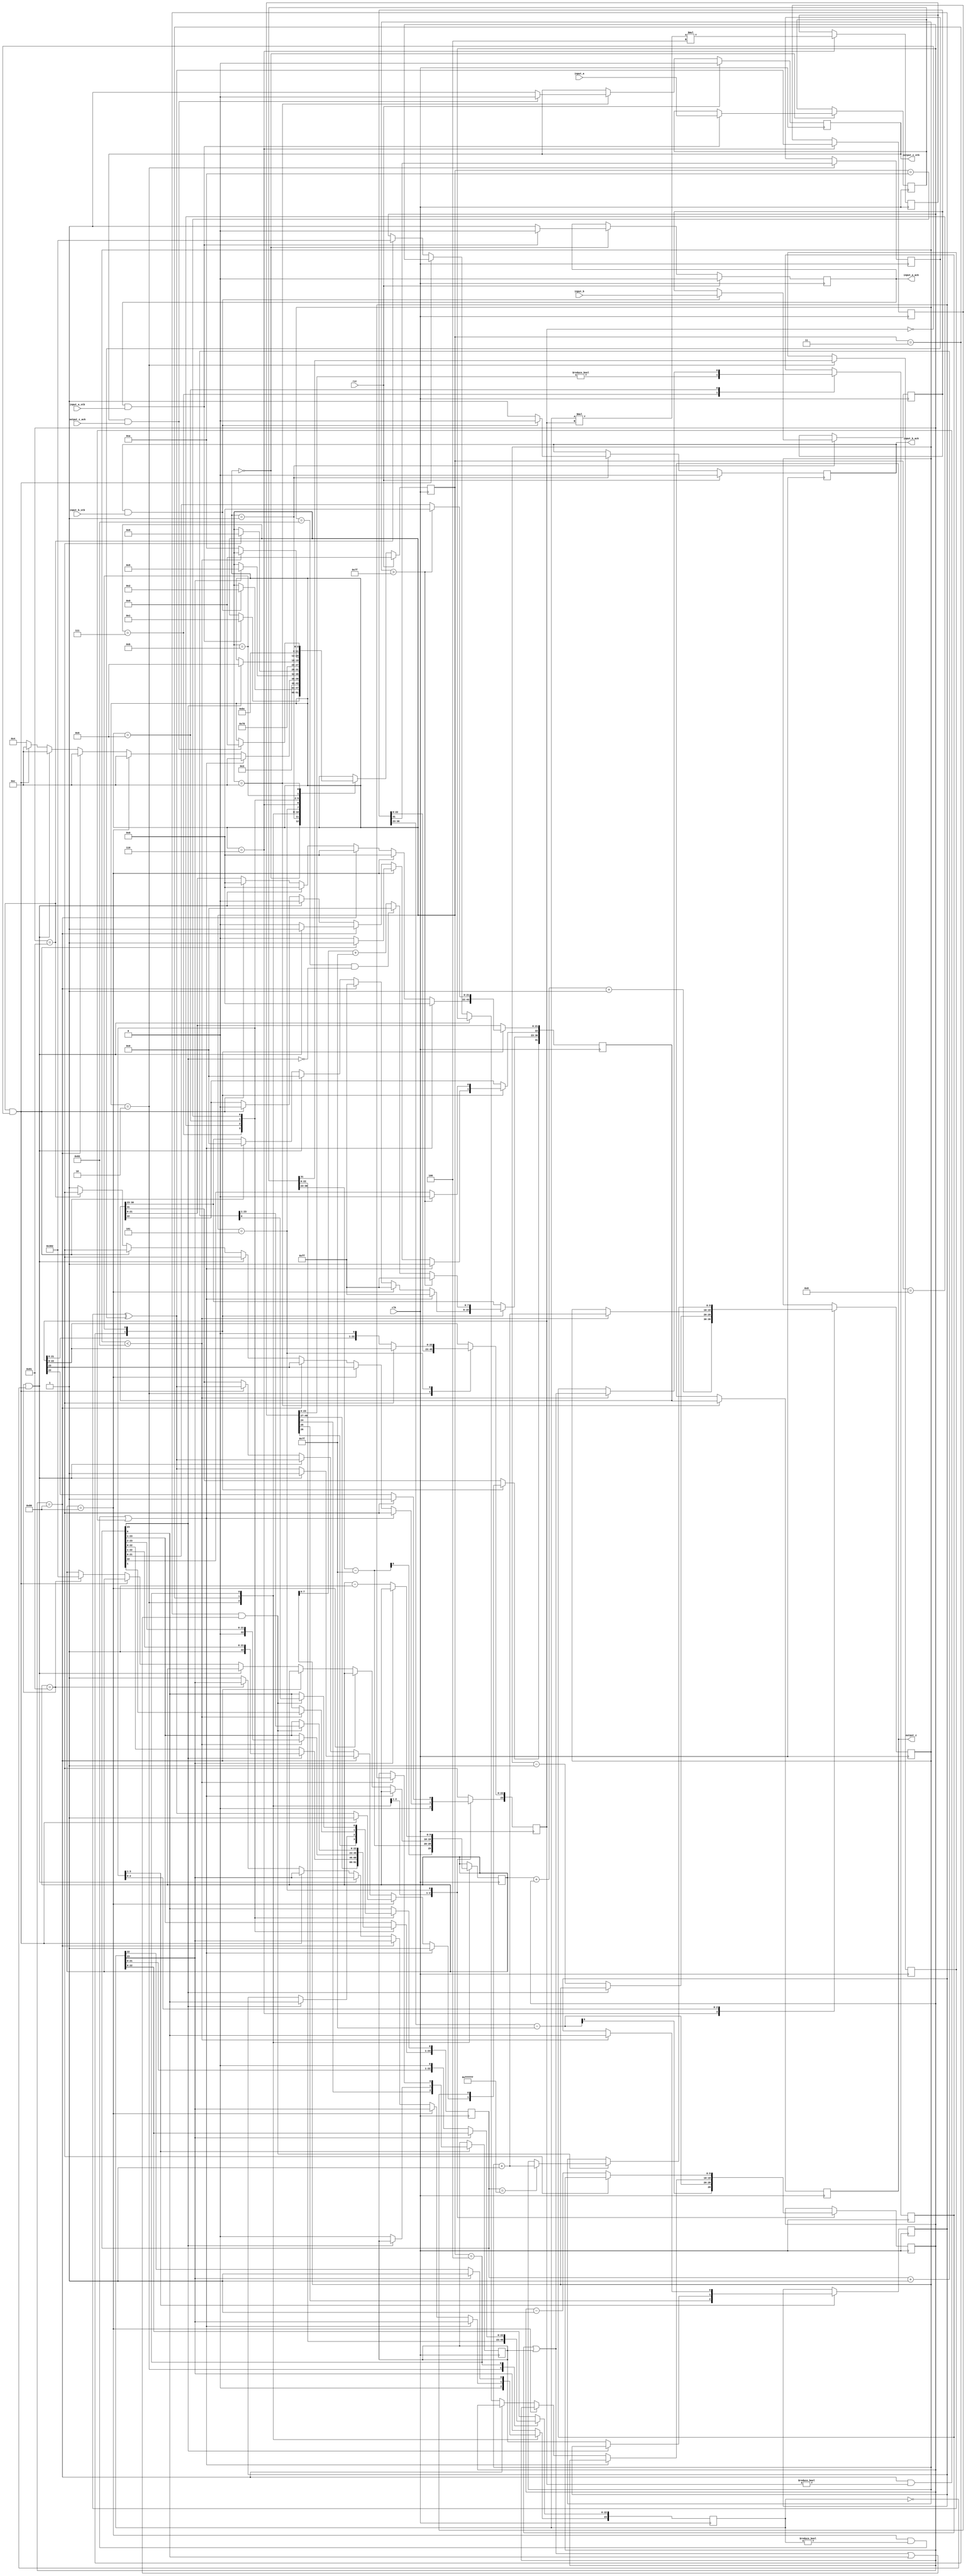
//IEEE Floating Point Multiplier (Single Precision)
//Copyright (C) Jonathan P Dawson 2013
//2013-12-12
module multiplier(
        input_a,
        input_b,
        input_a_stb,
        input_b_stb,
        output_z_ack,
        clk,
        rst,
        output_z,
        output_z_stb,
        input_a_ack,
        input_b_ack);

  input     clk;
  input     rst;

  input     [31:0] input_a;
  input     input_a_stb;
  output    input_a_ack;

  input     [31:0] input_b;
  input     input_b_stb;
  output    input_b_ack;

  output    [31:0] output_z;
  output    output_z_stb;
  input     output_z_ack;

  reg       s_output_z_stb;
  reg       [31:0] s_output_z;
  reg       s_input_a_ack;
  reg       s_input_b_ack;

  reg       [3:0] state;
  parameter get_a         = 4'd0,
            get_b         = 4'd1,
            unpack        = 4'd2,
            special_cases = 4'd3,
            normalise_a   = 4'd4,
            normalise_b   = 4'd5,
            multiply_0    = 4'd6,
            multiply_1    = 4'd7,
            normalise_1   = 4'd8,
            normalise_2   = 4'd9,
            round         = 4'd10,
            pack          = 4'd11,
            put_z         = 4'd12;

  reg       [31:0] a, b, z;
  reg       [23:0] a_m, b_m, z_m;
  reg       [9:0] a_e, b_e, z_e;
  reg       a_s, b_s, z_s;
  reg       guard, round_bit, sticky;
  reg       [49:0] product;

  always @(posedge clk)
  begin

    case(state)

      get_a:
      begin
        s_input_a_ack <= 1;
        if (s_input_a_ack && input_a_stb) begin
          a <= input_a;
          s_input_a_ack <= 0;
          state <= get_b;
        end
      end

      get_b:
      begin
        s_input_b_ack <= 1;
        if (s_input_b_ack && input_b_stb) begin
          b <= input_b;
          s_input_b_ack <= 0;
          state <= unpack;
        end
      end

      unpack:
      begin
        a_m <= a[22 : 0];
        b_m <= b[22 : 0];
        a_e <= a[30 : 23] - 127;
        b_e <= b[30 : 23] - 127;
        a_s <= a[31];
        b_s <= b[31];
        state <= special_cases;
      end

      special_cases:
      begin
        //if a is NaN or b is NaN return NaN 
        if ((a_e == 128 && a_m != 0) || (b_e == 128 && b_m != 0)) begin
          z[31] <= 1;
          z[30:23] <= 255;
          z[22] <= 1;
          z[21:0] <= 0;
          state <= put_z;
        //if a is inf return inf
        end else if (a_e == 128) begin
          z[31] <= a_s ^ b_s;
          z[30:23] <= 255;
          z[22:0] <= 0;
          //if b is zero return NaN
          if (($signed(b_e) == -127) && (b_m == 0)) begin
            z[31] <= 1;
            z[30:23] <= 255;
            z[22] <= 1;
            z[21:0] <= 0;
          end
          state <= put_z;
        //if b is inf return inf
        end else if (b_e == 128) begin
          z[31] <= a_s ^ b_s;
          z[30:23] <= 255;
          z[22:0] <= 0;
          //if a is zero return NaN
          if (($signed(a_e) == -127) && (a_m == 0)) begin
            z[31] <= 1;
            z[30:23] <= 255;
            z[22] <= 1;
            z[21:0] <= 0;
          end
          state <= put_z;
        //if a is zero return zero
        end else if (($signed(a_e) == -127) && (a_m == 0)) begin
          z[31] <= a_s ^ b_s;
          z[30:23] <= 0;
          z[22:0] <= 0;
          state <= put_z;
        //if b is zero return zero
        end else if (($signed(b_e) == -127) && (b_m == 0)) begin
          z[31] <= a_s ^ b_s;
          z[30:23] <= 0;
          z[22:0] <= 0;
          state <= put_z;
        end else begin
          //Denormalised Number
          if ($signed(a_e) == -127) begin
            a_e <= -126;
          end else begin
            a_m[23] <= 1;
          end
          //Denormalised Number
          if ($signed(b_e) == -127) begin
            b_e <= -126;
          end else begin
            b_m[23] <= 1;
          end
          state <= normalise_a;
        end
      end

      normalise_a:
      begin
        if (a_m[23]) begin
          state <= normalise_b;
        end else begin
          a_m <= a_m << 1;
          a_e <= a_e - 1;
        end
      end

      normalise_b:
      begin
        if (b_m[23]) begin
          state <= multiply_0;
        end else begin
          b_m <= b_m << 1;
          b_e <= b_e - 1;
        end
      end

      multiply_0:
      begin
        z_s <= a_s ^ b_s;
        z_e <= a_e + b_e + 1;
        product <= a_m * b_m * 4;
        state <= multiply_1;
      end

      multiply_1:
      begin
        z_m <= product[49:26];
        guard <= product[25];
        round_bit <= product[24];
        sticky <= (product[23:0] != 0);
        state <= normalise_1;
      end

      normalise_1:
      begin
        if (z_m[23] == 0) begin
          z_e <= z_e - 1;
          z_m <= z_m << 1;
          z_m[0] <= guard;
          guard <= round_bit;
          round_bit <= 0;
        end else begin
          state <= normalise_2;
        end
      end

      normalise_2:
      begin
        if ($signed(z_e) < -126) begin
          z_e <= z_e + 1;
          z_m <= z_m >> 1;
          guard <= z_m[0];
          round_bit <= guard;
          sticky <= sticky | round_bit;
        end else begin
          state <= round;
        end
      end

      round:
      begin
        if (guard && (round_bit | sticky | z_m[0])) begin
          z_m <= z_m + 1;
          if (z_m == 24'hffffff) begin
            z_e <=z_e + 1;
          end
        end
        state <= pack;
      end

      pack:
      begin
        z[22 : 0] <= z_m[22:0];
        z[30 : 23] <= z_e[7:0] + 127;
        z[31] <= z_s;
        if ($signed(z_e) == -126 && z_m[23] == 0) begin
          z[30 : 23] <= 0;
        end
        //if overflow occurs, return inf
        if ($signed(z_e) > 127) begin
          z[22 : 0] <= 0;
          z[30 : 23] <= 255;
          z[31] <= z_s;
        end
        state <= put_z;
      end

      put_z:
      begin
        s_output_z_stb <= 1;
        s_output_z <= z;
        if (s_output_z_stb && output_z_ack) begin
          s_output_z_stb <= 0;
          state <= get_a;
        end
      end

    endcase

    if (rst == 1) begin
      state <= get_a;
      s_input_a_ack <= 0;
      s_input_b_ack <= 0;
      s_output_z_stb <= 0;
    end

  end
  assign input_a_ack = s_input_a_ack;
  assign input_b_ack = s_input_b_ack;
  assign output_z_stb = s_output_z_stb;
  assign output_z = s_output_z;

endmodule